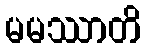
မမဿာတိ